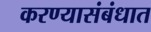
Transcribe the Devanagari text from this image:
करण्यासंबंधात